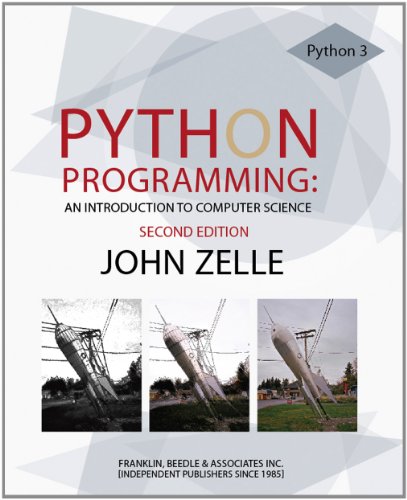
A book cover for Python Programming: An Introduction to Computer Science, 2nd Ed.; John Zelle; Computers & Technology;